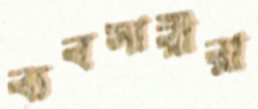
ব্যবসারীরা